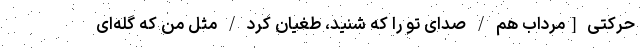
حرکتی [مرداب هم / صدای تو را که شنید، طغیان کرد / مثل من که گله‌ای